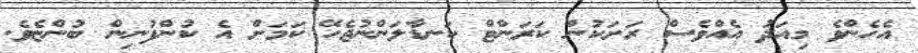
އެހެންވެ މިއަދު އެއްވެސް ރަށަކުން ކަރަންޓް ކަނޑާލަންނުޖެހޭ ކަމަށް އެ ކުންފުނިން ބުންޏެވެ.